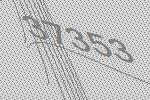
37353